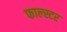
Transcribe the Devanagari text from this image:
फाल्स्टर